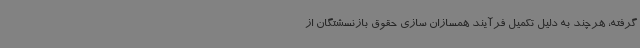
گرفته، هرچند به دلیل تکمیل فرآیند همسازان سازی حقوق بازنسشتگان از